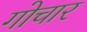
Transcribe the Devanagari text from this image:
गोचार